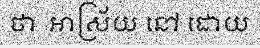
ថា  ឤស្រ័យ នៅ ដោយ